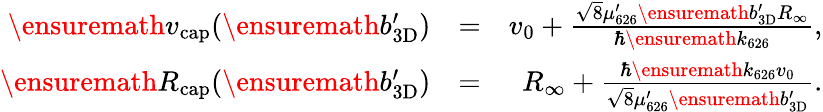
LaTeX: \begin{array}{rlr}{\ensuremath{v_{\mathrm{cap}}}(\ensuremath{b_{\mathrm{3D}}^{\prime}})}&{=}&{v_{0}+\frac{\sqrt{8}\mu_{626}^{\prime}\ensuremath{b_{\mathrm{3D}}^{\prime}}R_{\infty}}{\hbar\ensuremath{k_{626}}},}\\ {\ensuremath{R_{\mathrm{cap}}}(\ensuremath{b_{\mathrm{3D}}^{\prime}})}&{=}&{R_{\infty}+\frac{\hbar\ensuremath{k_{626}}v_{0}}{\sqrt{8}\mu_{626}^{\prime}\ensuremath{b_{\mathrm{3D}}^{\prime}}}.}\end{array}